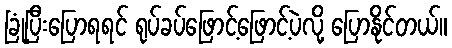
ခြုံပြီးပြောရရင် ရုပ်ခပ်ဖြောင့်ဖြောင့်ပဲလို့ ပြောနိုင်တယ်။